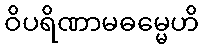
ဝိပရိဏာမဓမ္မေဟိ